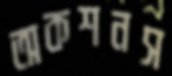
অকশনস